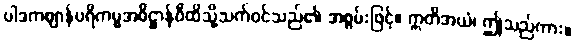
ပါဒကဈာန်ပရိကမ္မအဓိဋ္ဌာန်ဝီထိသို့သက်ဝင်သည်၏ အစွမ်းဖြင့်။ ဣတိအယံ၊ ဤသည်ကား။